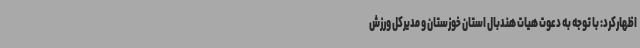
اظهارکرد: با توجه به دعوت هیات هندبال استان خوزستان و مدیرکل ورزش